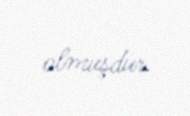
olmuşdur.